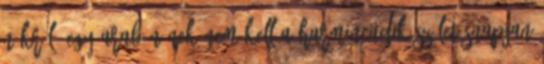
nőkről. Egy arab nőnek nem kell a harmincadik születésnapjan